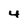
Character: 4